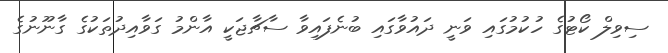
ސިވިލް ކޯޓުގެ ހުކުމުގައި ވަނީ ދައުވާގައި ބުނެފައިވާ ސާޗާޖަކީ އާންމު ގަވާއިދުތަކުގެ ގާނޫނުގެ